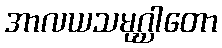
အာလယသမုဂ္ဃါတော